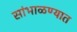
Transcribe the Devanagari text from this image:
सांभाळण्यात